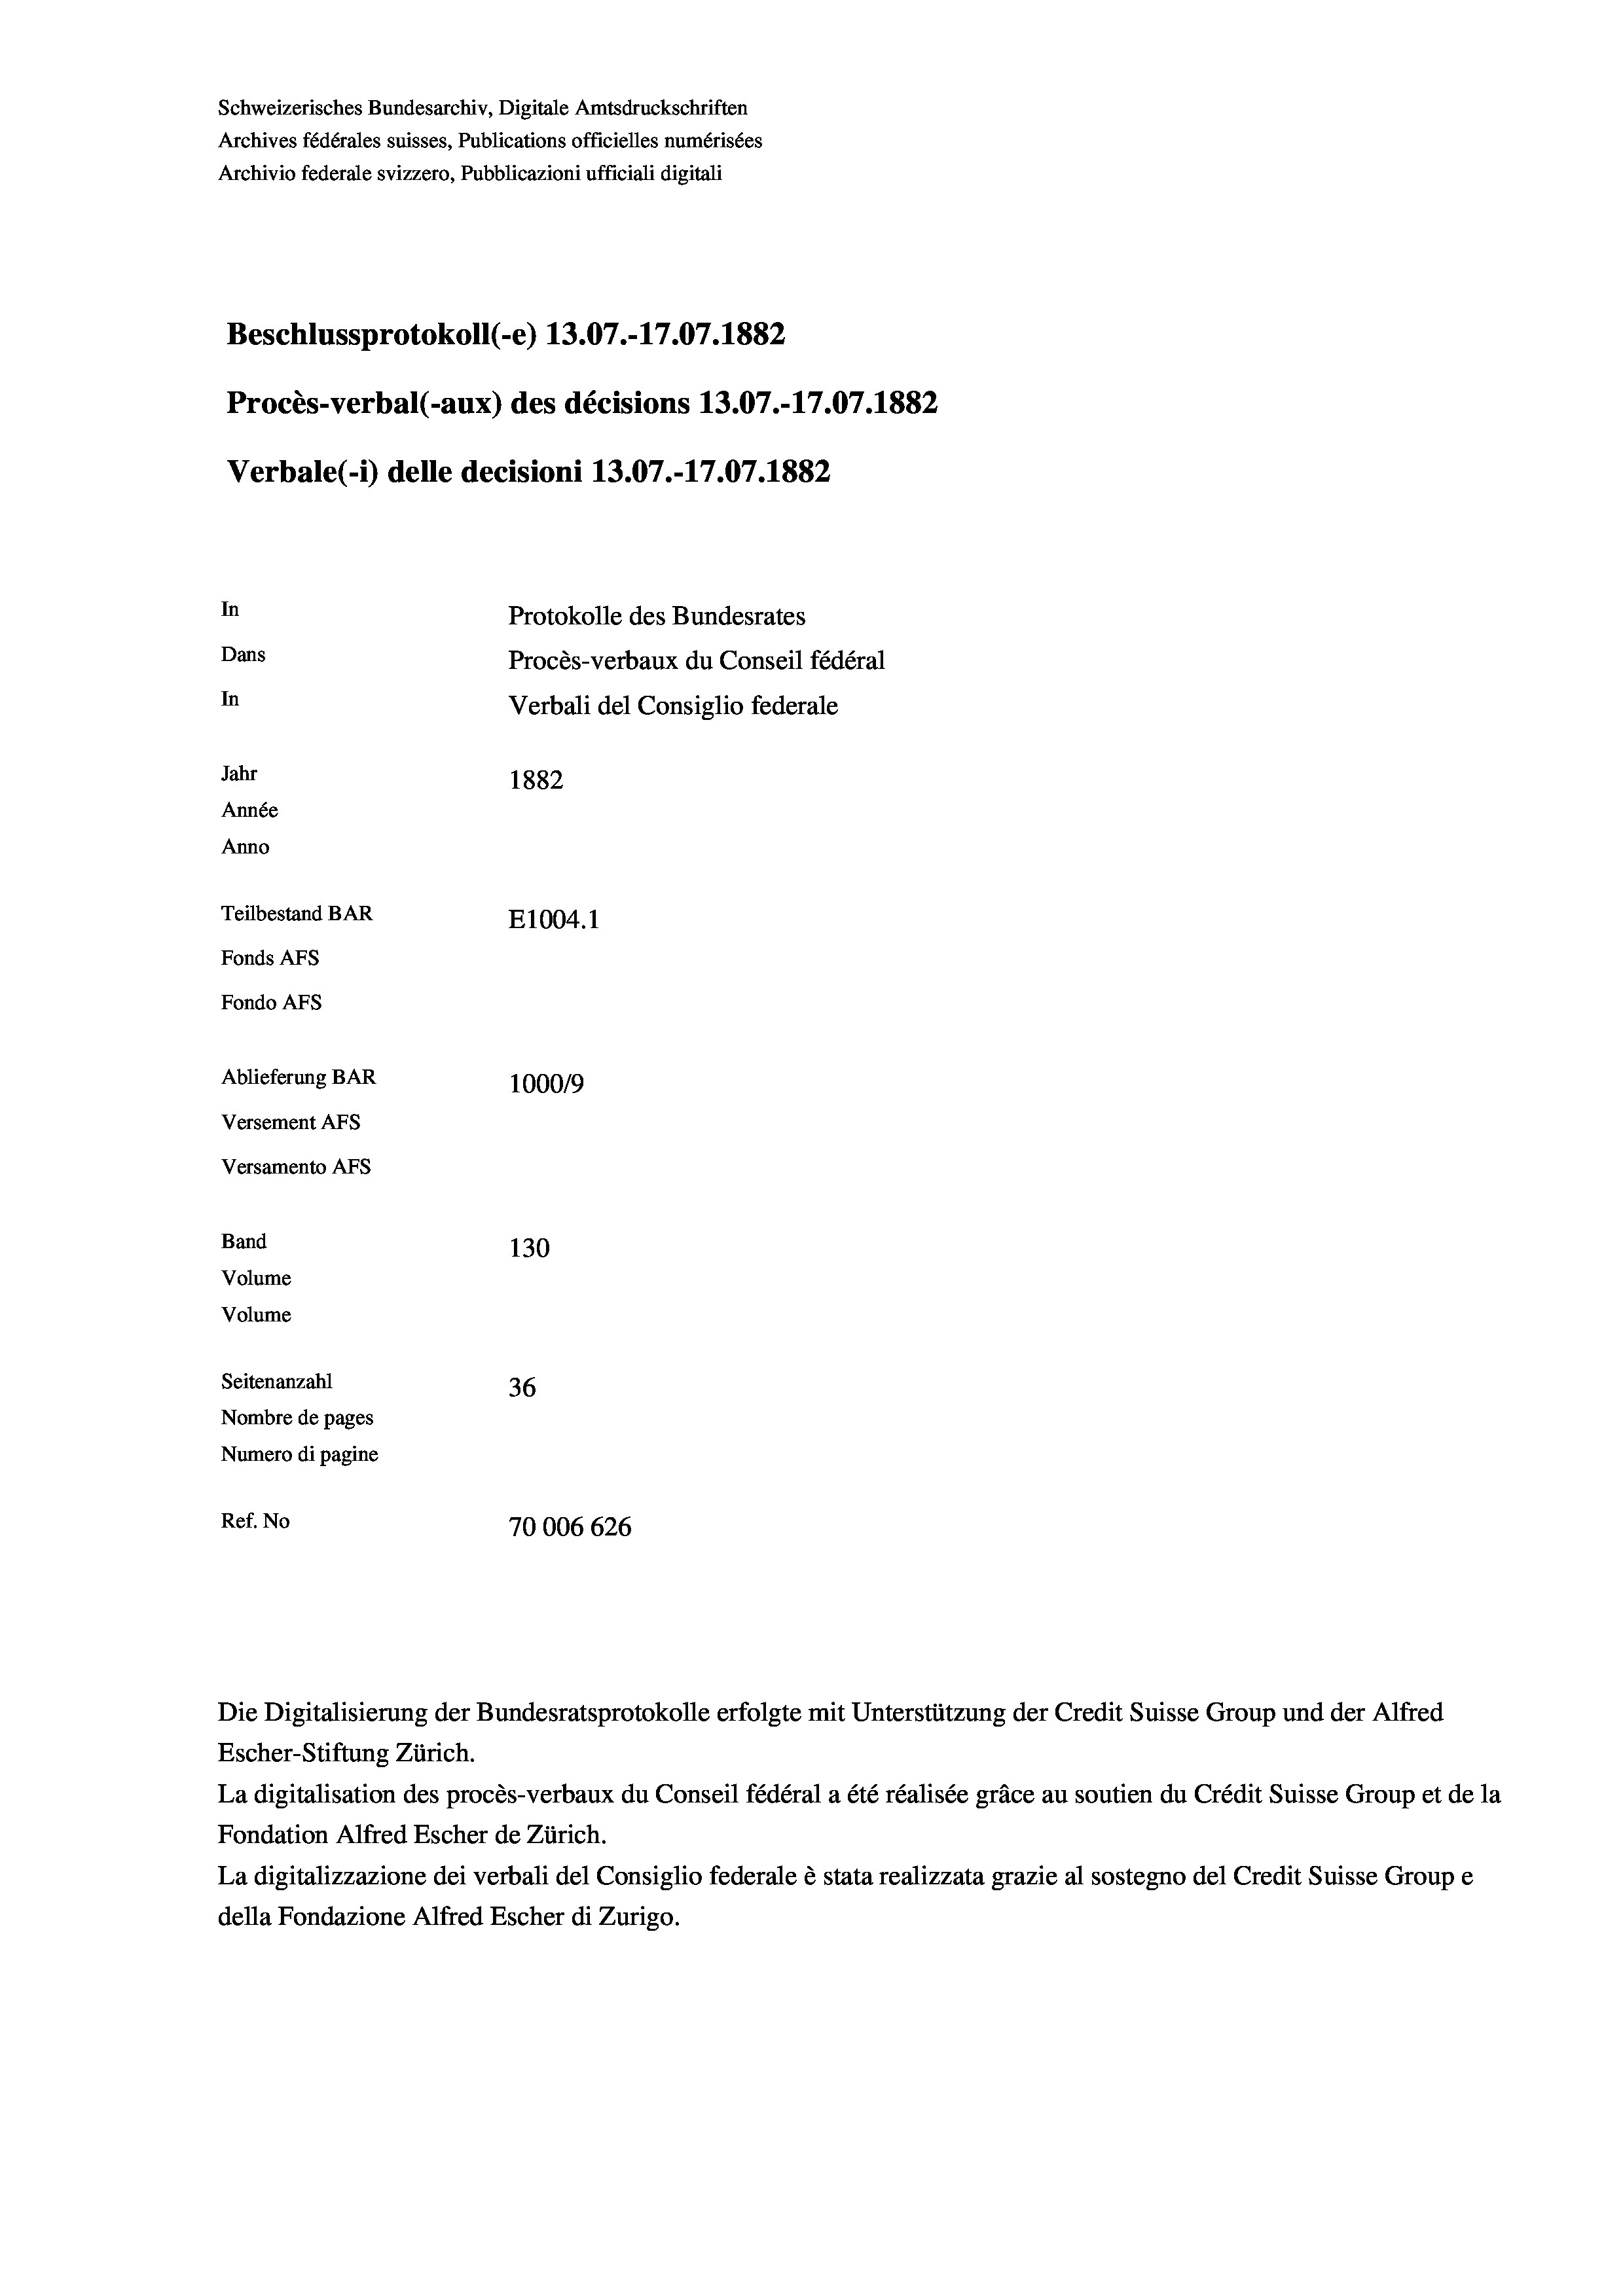
Schweizerisches Bundesarchiv, Digitale Amtsdruckschriften
Archives fédérales suisses, Publications officielles numérisées
Archivio federale svizzero, Pubblicazioni ufficiali digitali
Beschlussprotokoll (-e) 13.07.-17.07. 1882
Procès-verbal (-aux) des décisions 13.07.-17.07. 1882
Verbale(-*) delle decisioni 13.07.-17.07. 1882
In
Protokolle des Bundesrates
Dans
Procès-verbaux du Conseil fédéral
In
Verbali del Consiglio federale
Jahr
1882
Année
Anno
Teilbestand BAR
E1004. 1
Fonds AFs
Fondo AFS
Ablieferung BAR
100019
Versement AFs
Versamento AFS

Band
Volume
Volume

130
Seitenanzahl
36
Nombre de pages
Numero di pagine
Ref. No
70006 626

Escher-Stiftung Zürich.
La digitalisation des procès-verbaux du Conseil fédéral a été réalisée gräce au soutien du Crédit Suisse Group et de la
Fondation Alfred Escher de Zürich.
La digitalizzazione dei verbali del Consiglio federale è stata realizzata grazie al sostegno del Credit Suisse Groupe
della Fondazione Alfred Escher di Zurigo.

Die Digitalisierung der Bundesratsprotokolle erfolgte mit Unterstützung der Credit Suisse Group und der Alfred